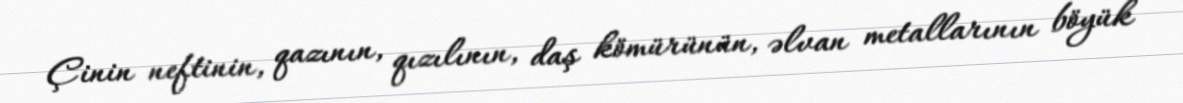
Çinin neftinin, qazının, qızılının, daş kömürünün, əlvan metallarının böyük